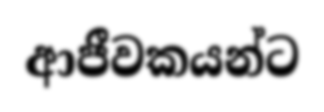
ආජීවකයන්ට